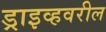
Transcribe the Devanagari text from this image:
ड्राइव्हवरील